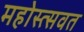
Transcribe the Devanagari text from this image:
महोस्त्सवत